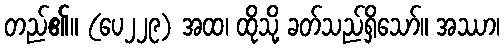
တည်၏။ (ပေ၂၂၉) အထ၊ ထိုသို့ ခတ်သည်ရှိသော်။ အဿာ၊